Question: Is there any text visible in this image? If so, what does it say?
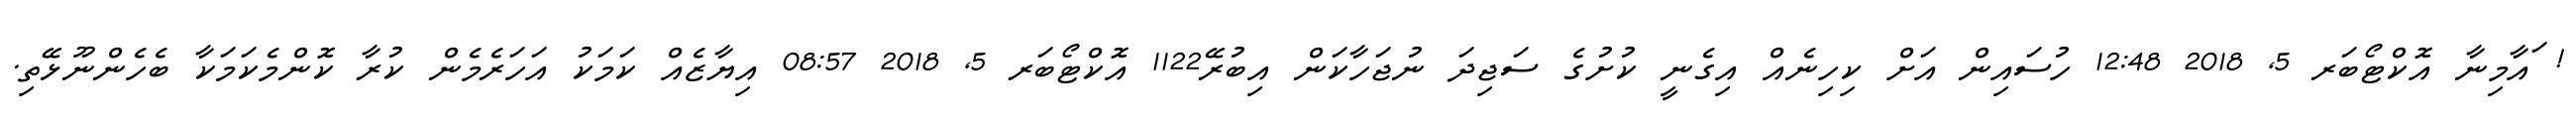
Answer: ! ައާމިނާ އޮކްޓޯބަރ 5, 2018 12:48 ހުސައިން އަށް ކިހިނެއް އިގެނީ ކުށުގެ ސަޖިދަ ނުޖަހާކަން އިބުރޭ1122 އޮކްޓޯބަރ 5, 2018 08:57 އިޔާޒެއް ކަމަކު އަހަރެމެން ކުރާ ކޮންމެކަމަކާ ބެހެންނޫޅޭތި.